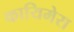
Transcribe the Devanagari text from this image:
कायिमेरा